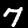
Label: 7